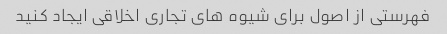
فهرستی از اصول برای شیوه های تجاری اخلاقی ایجاد کنید